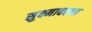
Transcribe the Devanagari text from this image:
सुक्ष्मावस्था